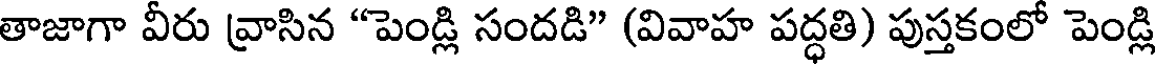
తాజాగా వీరు వ్రాసిన "పెండ్లి సందడి" (వివాహ పద్ధతి) పుస్తకంలో పెండ్లి